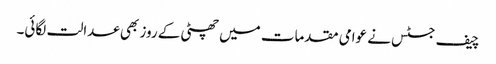
چیف جسٹس نے عوامی مقدمات میں چھٹی کے روز بھی عدالت لگائی۔